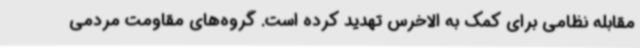
مقابله نظامی برای کمک به الاخرس تهدید کرده است. گروه‌های مقاومت مردمی